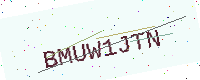
Text: BMUW1JTN